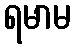
ရမာမ